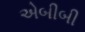
એબીબી